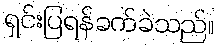
ရှင်းပြရန်ခက်ခဲသည်။